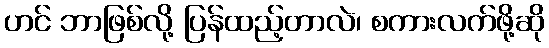
ဟင် ဘာဖြစ်လို့ ပြန်ထည့်တာလဲ၊ စကားလက်ဖို့ဆို